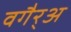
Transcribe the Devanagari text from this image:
वगैर्‍अ